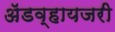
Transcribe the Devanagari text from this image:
ॲडव्हायजरी